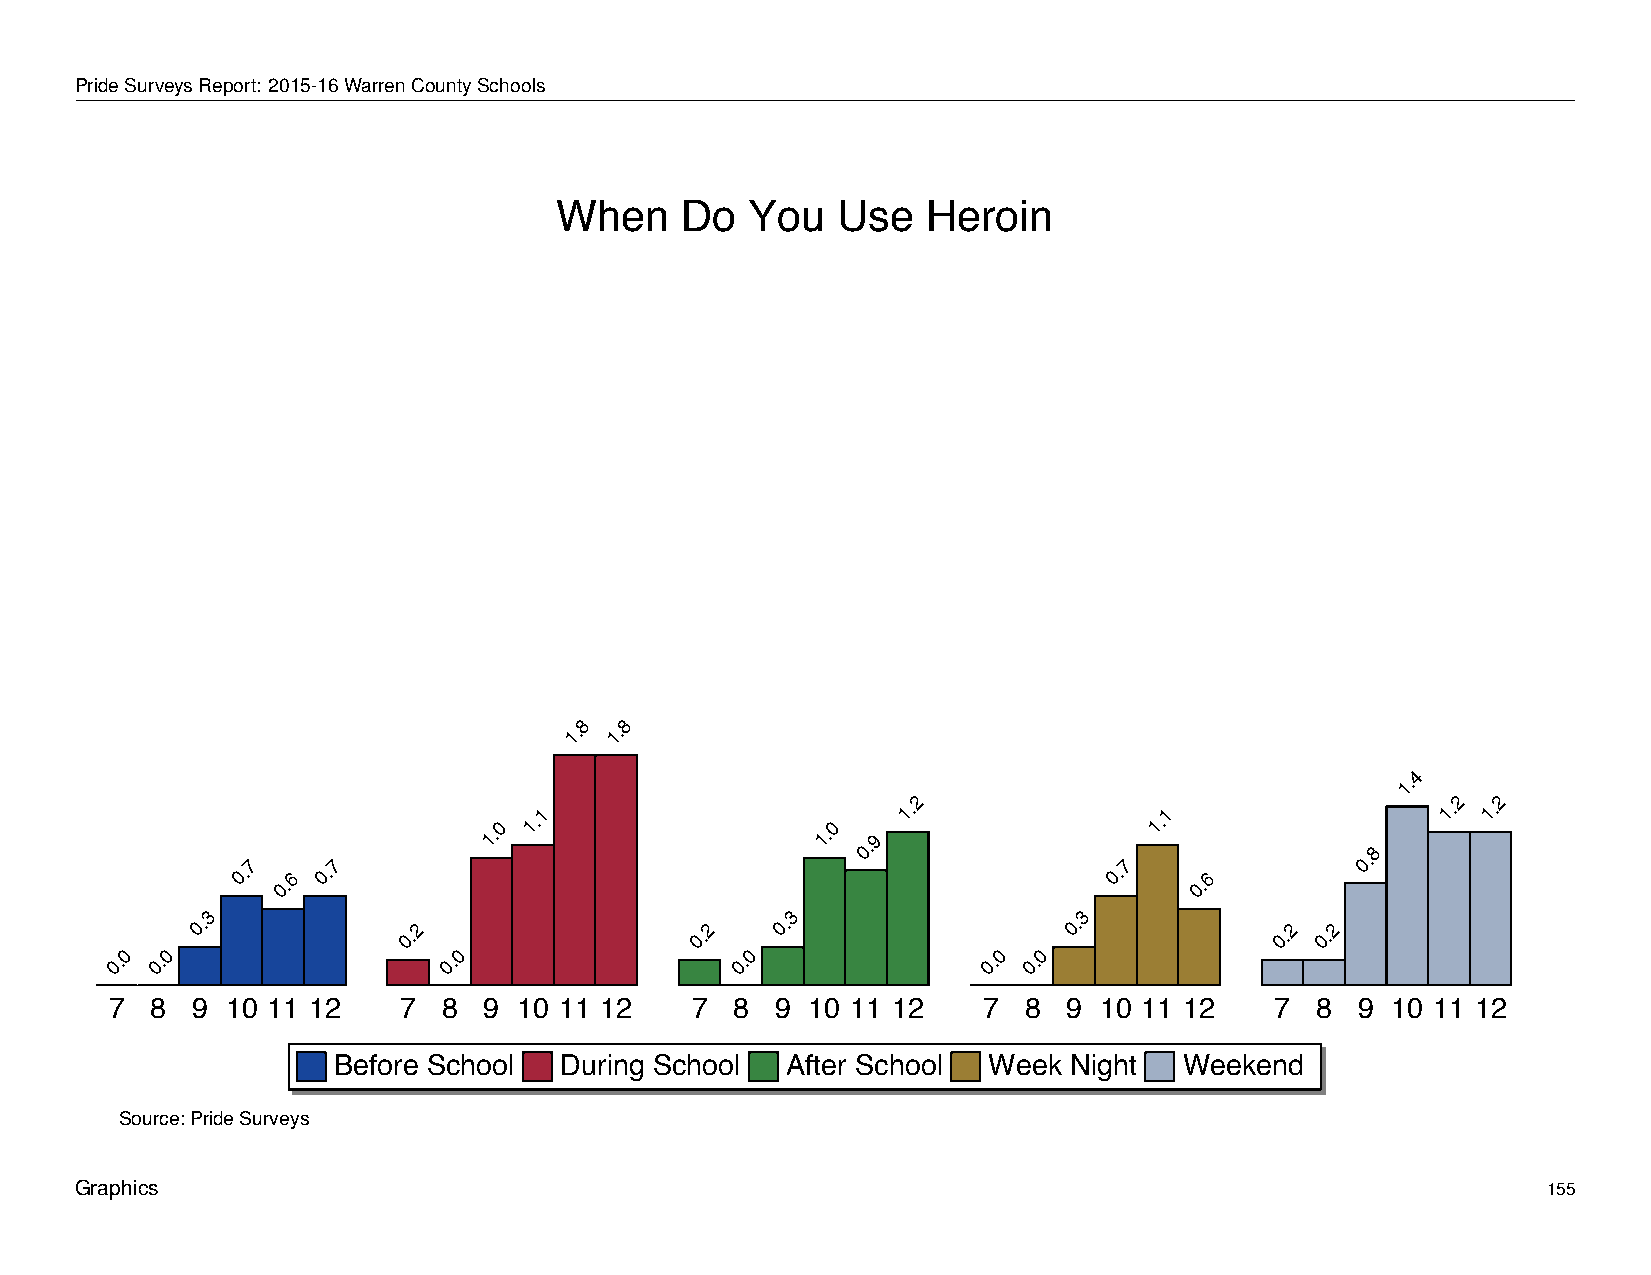
When         Do     You       Use      Heroin
 PrideSurveysReport: 2015-16WarrenCountySchools
 When    Do   You  Use   Heroin
 8  8
 1. 1.
 4
 1.
 2                                   2  2
 0.7
 0.6
 0.7
 1.0
 1.1
 1.0
 0.9
 1.
 0.7
 1.1
 0.6
 0.8
 1. 1.
 3                                     3                  3
 0.            0.2                0.2  0.                  0.           0.2 0.2
 0  0                  0                  0                0  0
 0. 0.                 0.                  0.              0. 0.
 7  8  9 10 11 12   7  8  9 10 11 12    7  8 9 10 11 12    7  8  9 10 11 12   7  8  9 10 11 12
 Before School  During School  After School Week  Night  Weekend
 Source: Pride Surveys
 Graphics                                                                                         155